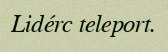
Lidérc teleport.